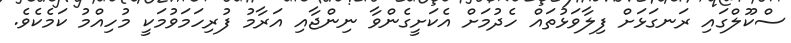
ސްކޫލްގައި ރަނގަޅަށް ފިލާވަޅުތައް ހެދުމަށް އެކަށީގެންވާ ނިންޖާއި އަރާމު ފުރިހަމަވުމަކީ މުހިއްމު ކަމެކެވެ.